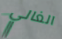
الغالي